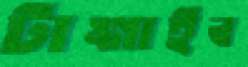
টাঙ্গাইব